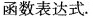
函数表达式。